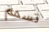
تسمم